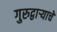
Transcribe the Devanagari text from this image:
गुरुद्वार्‍याचे